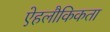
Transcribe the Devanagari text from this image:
ऐहलौकिकता